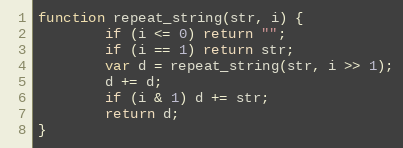
Language: JavaScript
function repeat_string(str, i) {
        if (i <= 0) return "";
        if (i == 1) return str;
        var d = repeat_string(str, i >> 1);
        d += d;
        if (i & 1) d += str;
        return d;
}